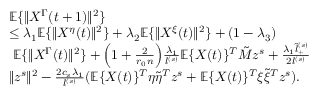
\begin{array} { r l } & { \mathbb { E } \{ \| X ^ { \Gamma } ( t + 1 ) \| ^ { 2 } \} } \\ & { \le \lambda _ { 1 } \mathbb { E } \{ \| X ^ { \eta } ( t ) \| ^ { 2 } \} + \lambda _ { 2 } \mathbb { E } \{ \| X ^ { \xi } ( t ) \| ^ { 2 } \} + ( 1 - \lambda _ { 3 } ) } \\ & { ~ \mathbb { E } \{ \| X ^ { \Gamma } ( t ) \| ^ { 2 } \} + \Big ( 1 + \frac { 2 } { r _ { 0 } n } \Big ) \frac { \lambda _ { 1 } } { l ^ { ( s ) } } \mathbb { E } \{ X ( t ) \} ^ { T } \tilde { M } z ^ { s } + \frac { \lambda _ { 1 } \tilde { l } _ { + } ^ { ( s ) } } { 2 l ^ { ( s ) } } } \\ & { \| z ^ { s } \| ^ { 2 } - \frac { 2 c _ { s } \lambda _ { 1 } } { l ^ { ( s ) } } ( \mathbb { E } \{ X ( t ) \} ^ { T } \eta \tilde { \eta } ^ { T } z ^ { s } + \mathbb { E } \{ X ( t ) \} ^ { T } \xi \tilde { \xi } ^ { T } z ^ { s } ) . } \end{array}